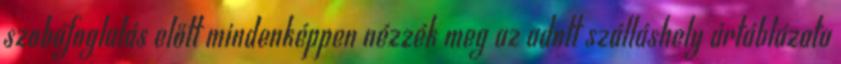
szobafoglalás előtt mindenképpen nézzék meg az adott szálláshely ártáblázata